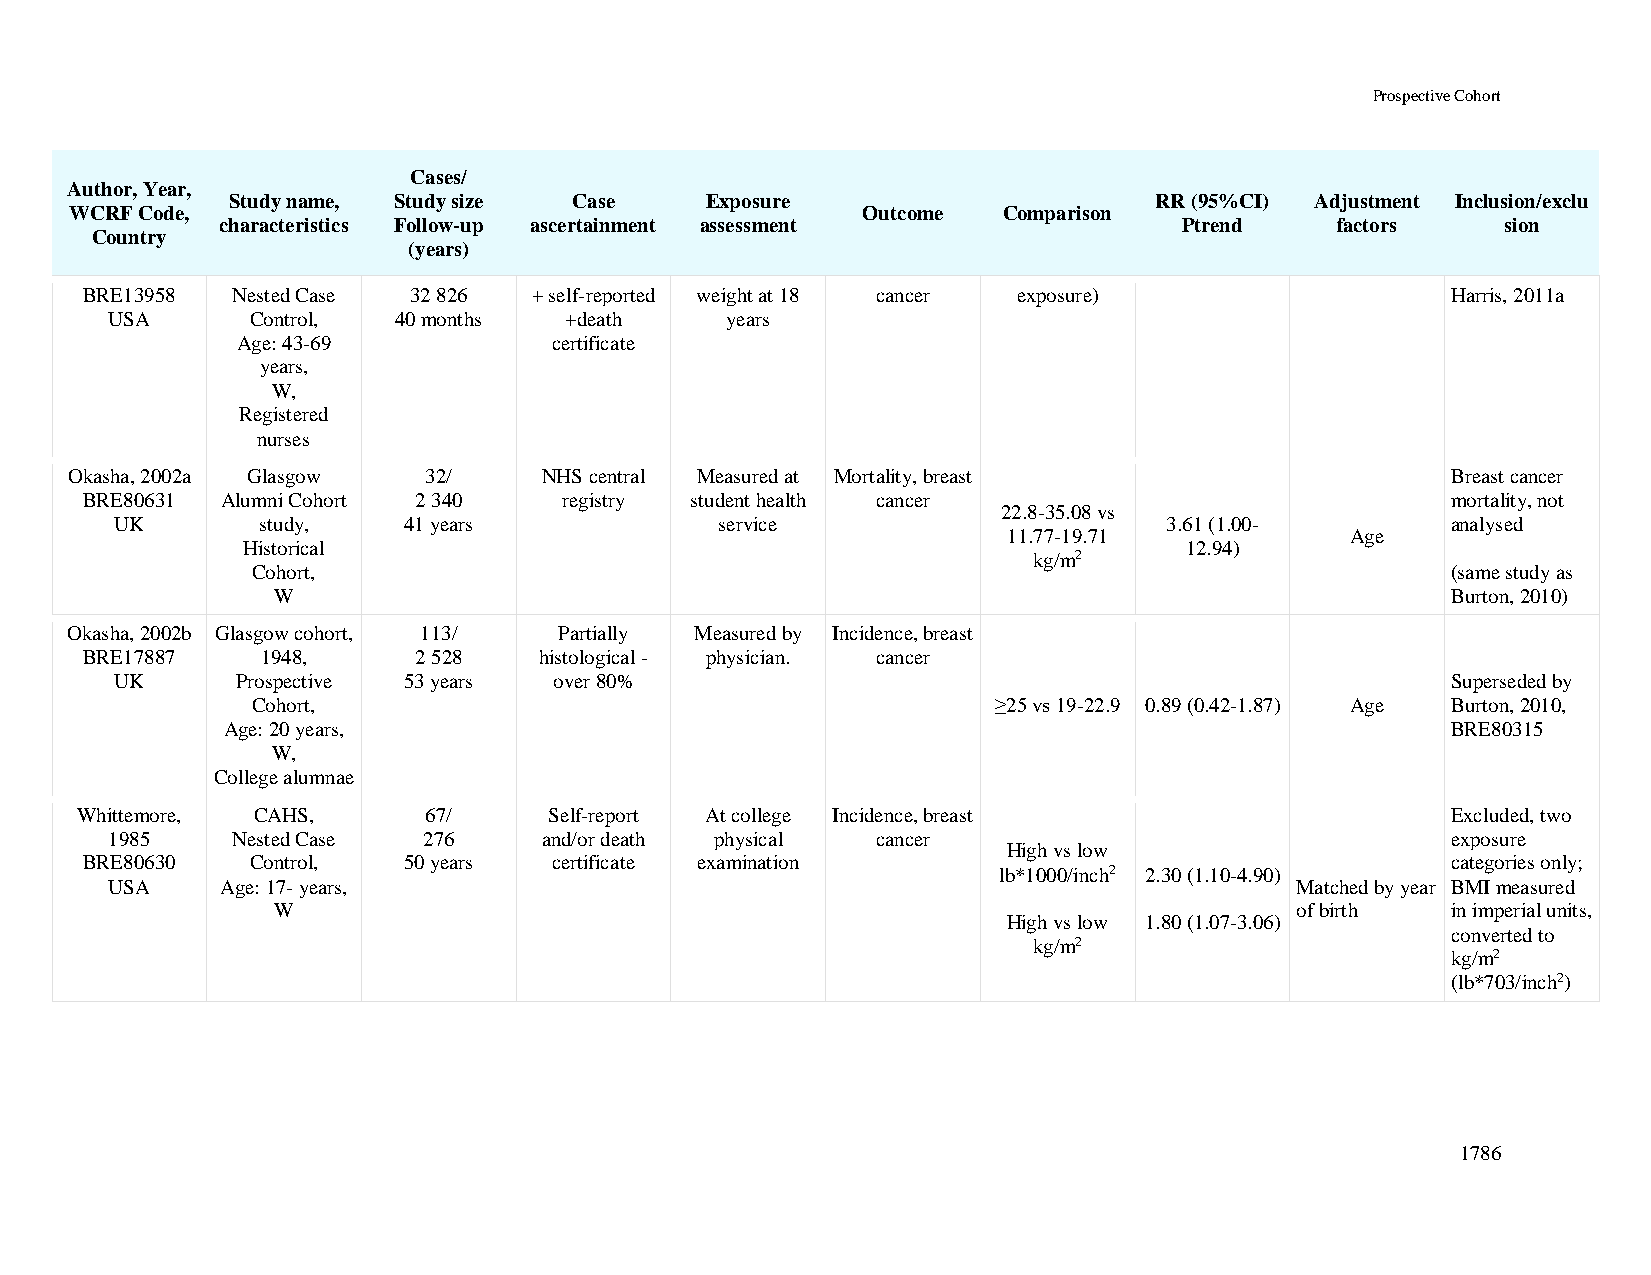
Prospective Cohort
 Cases/
 Author, Year,
 Study name, Study size Case     Exposure                     RR (95%CI) Adjustment Inclusion/exclu
 WCRF Code,                                          Outcome  Comparison
 characteristics Follow-up ascertainment assessment             Ptrend    factors     sion
 Country
 (years)
 BRE13958  Nested Case 32 826  + self-reported weight at 18 cancer exposure)                Harris, 2011a
 USA       Control, 40 months  +death     years
 Age: 43-69           certificate
 years,
 W,
 Registered
 nurses
 Okasha, 2002a Glasgow   32/     NHS central Measured at Mortality, breast                   Breast cancer
 BRE80631  Alumni Cohort 2 340   registry student health cancer                             mortality, not
 22.8-35.08 vs
 UK       study,    41 years             service                      3.61 (1.00-        analysed
 11.77-19.71           Age
 Historical                                                    12.94)
 kg/m2
 Cohort,                                                                        (same study as
 W                                                                             Burton, 2010)
 Okasha, 2002b Glasgow cohort, 113/ Partially Measured by Incidence, breast
 BRE17887    1948,     2 528    histological - physician. cancer
 UK      Prospective 53 years over 80%                                                   Superseded by
 Cohort,                                          ≥25 vs 19-22.9 0.89 (0.42-1.87) Age Burton, 2010,
 Age: 20 years,                                                                   BRE80315
 W,
 College alumnae
 Whittemore, CAHS,      67/     Self-report At college Incidence, breast                    Excluded, two
 1985    Nested Case  276     and/or death physical cancer                                exposure
 High vs low
 BRE80630    Control,  50 years  certificate examination                                    categories only;
 lb*1000/inch2 2.30 (1.10-4.90)
 USA     Age: 17- years,                                                        Matched by year BMI measured
 W                                                                   of birth  in imperial units,
 High vs low 1.80 (1.07-3.06)
 converted to
 kg/m2
 kg/m2
 (lb*703/inch2)
 1786